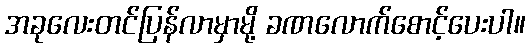
အခုလေးတင်ပြန်လာမှာမို့ ခဏလောက်စောင့်ပေးပါ။